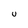
Character: U